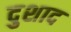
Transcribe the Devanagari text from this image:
दुशाद